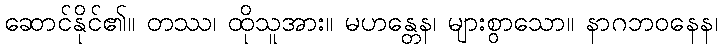
ဆောင်နိုင်၏။ တဿ၊ ထိုသူအား။ မဟန္တေန၊ များစွာသော။ နာဂဘဝနေန၊